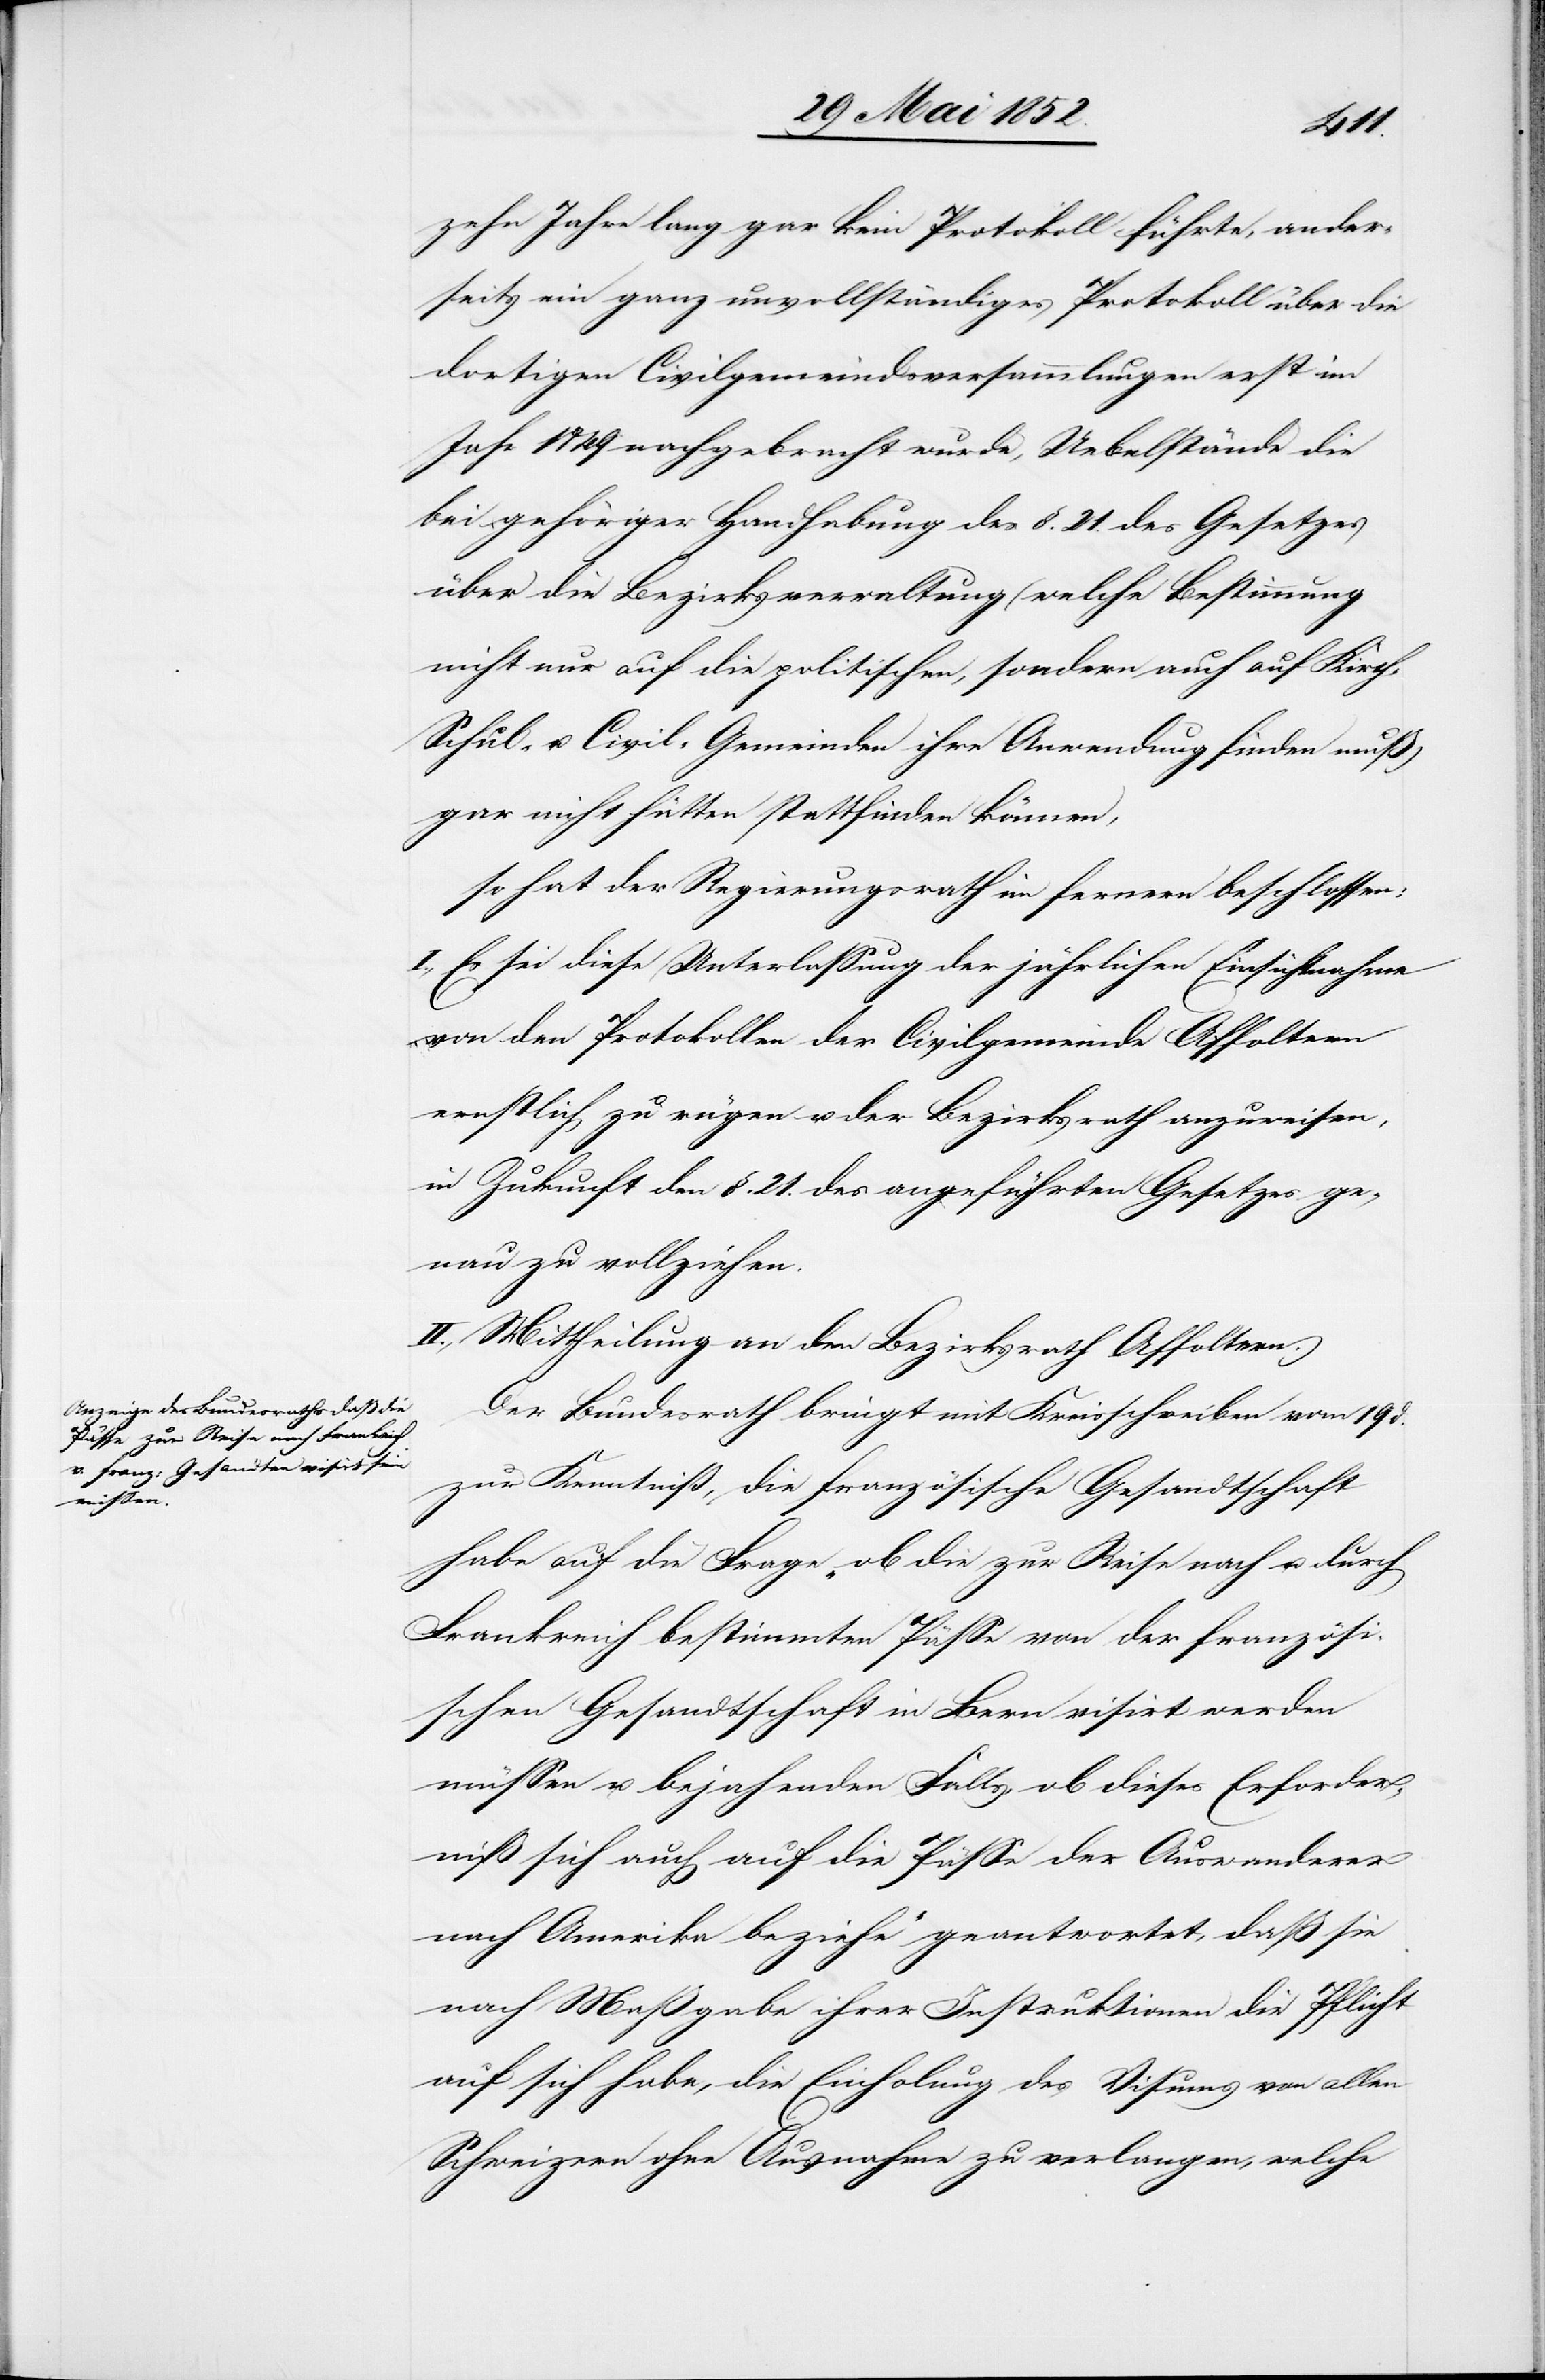
h-[,]
zehn Jahre lang gar kein Protokoll führte, ander¬
seits ein ganz unvollständiges Protokoll über die
dortigen Civilgemeindsversammlungen erst im
Jahr 1849 nachgebracht wurde, Uebelstände die
bei gehöriger Handhabung des §. 21. des Gesetzes
über die Bezirksverwaltung (welche Bestimmung
nicht nur auf die politischen, sondern auch auf Kirc¬
Schul- u. Civil-Gemeinden ihre Anwendung finden muß)
gar nicht hätten stattfinden können,
so hat der Regierungsrath im fernern beschlossen:
I., Es sei diese Unterlassung der jährlichen Einsichtnahme
von den Protokollen der Civilgemeinde Affoltern
ernstlich zu rügen u. der Bezirksrath anzuweisen,
in Zukunft den §. 21. des angeführten Gesetzes ge¬
nau zu vollziehen.
II., Mittheilung an den Bezirksrath Affoltern.
Der Bundesrath bringt mit Kreisschreiben vom 19 d.
zur Kenntniß, die französische Gesandtschaft
habe auf die Frage „ob die zur Reise nach u. durch
Frankreich bestimmten Pässe von der französi¬
schen Gesandtschaft in Bern visirt werden
müssen u. bejahenden Falls, ob dieses Erforder¬
niß sich auch auf die Pässe der Auswanderer
nach Amerika beziehe“ geantwortet, daß sie
nach Maßgabe ihrer Instruktionen die Pflicht
auf sich habe, die Einholung des Visums von allen
Schweizern ohne Ausnahme zu verlangen, welche